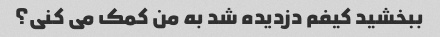
ببخشید کیفم دزدیده شد به من کمک می کنی؟